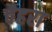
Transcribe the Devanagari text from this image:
चैहरा